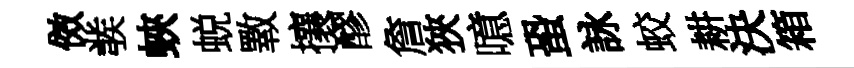
傚彂蛺蜕斁攘醪詹狹噫蛩詠蛟耕決箱